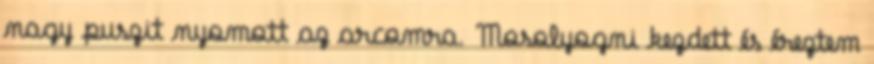
nagy puszit nyomott az arcomra. Mosolyogni kezdett és éreztem